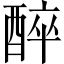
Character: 醉